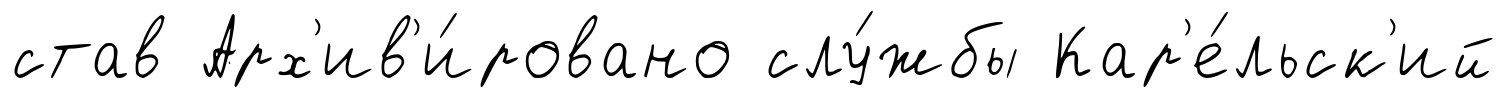
став Арх'ив'и́ровано слу́жбы Кар'е́льск'ий